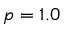
p = 1 . 0